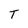
Character: T